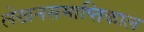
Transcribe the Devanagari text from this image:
लेखनसमाप्तिकाल